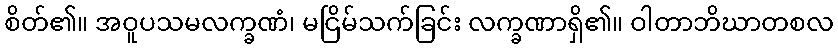
စိတ်၏။ အဝူပသမလက္ခဏံ၊ မငြိမ်သက်ခြင်း လက္ခဏာရှိ၏။ ဝါတာဘိဃာတစလ